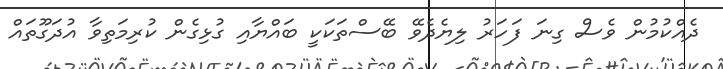
ދެއްކުމުން ވެސް ގިނަ ފަހަރު ލިޔެދެވޭ ބޭސްތަކަކީ ބައްޔާއި ގުޅިގެން ކުރިމަތިވާ އުދަގޫތައް